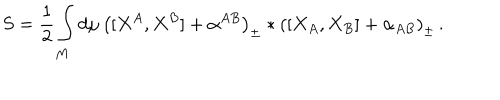
S = \frac 1 2 \int _ { M } d \mu \, \left( [ X ^ { A } , X ^ { B } ] + \alpha ^ { A B } \right) _ { \pm } \ast \left( [ X _ { A } , X _ { B } ] + \alpha _ { A B } \right) _ { \pm } \, .